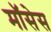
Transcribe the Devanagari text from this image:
मॉसेस